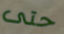
حتى